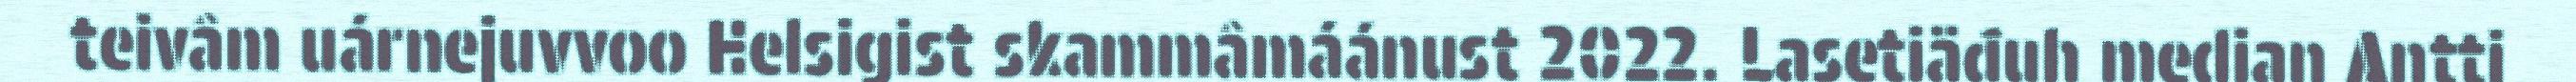
teivâm uárnejuvvoo Helsigist skammâmáánust 2022. Lasetiäđuh median Antti